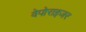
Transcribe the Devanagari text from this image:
वेपोराइजर